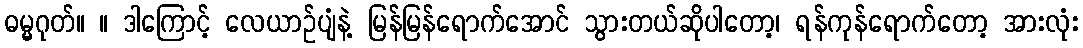
ဓမ္မဂုတ်။ ။ ဒါကြောင့် လေယာဉ်ပျံနဲ့ မြန်မြန်ရောက်အောင် သွားတယ်ဆိုပါတော့၊ ရန်ကုန်ရောက်တော့ အားလုံး